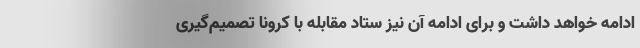
ادامه خواهد داشت و برای ادامه آن نیز ستاد مقابله با کرونا تصمیم‌گیری